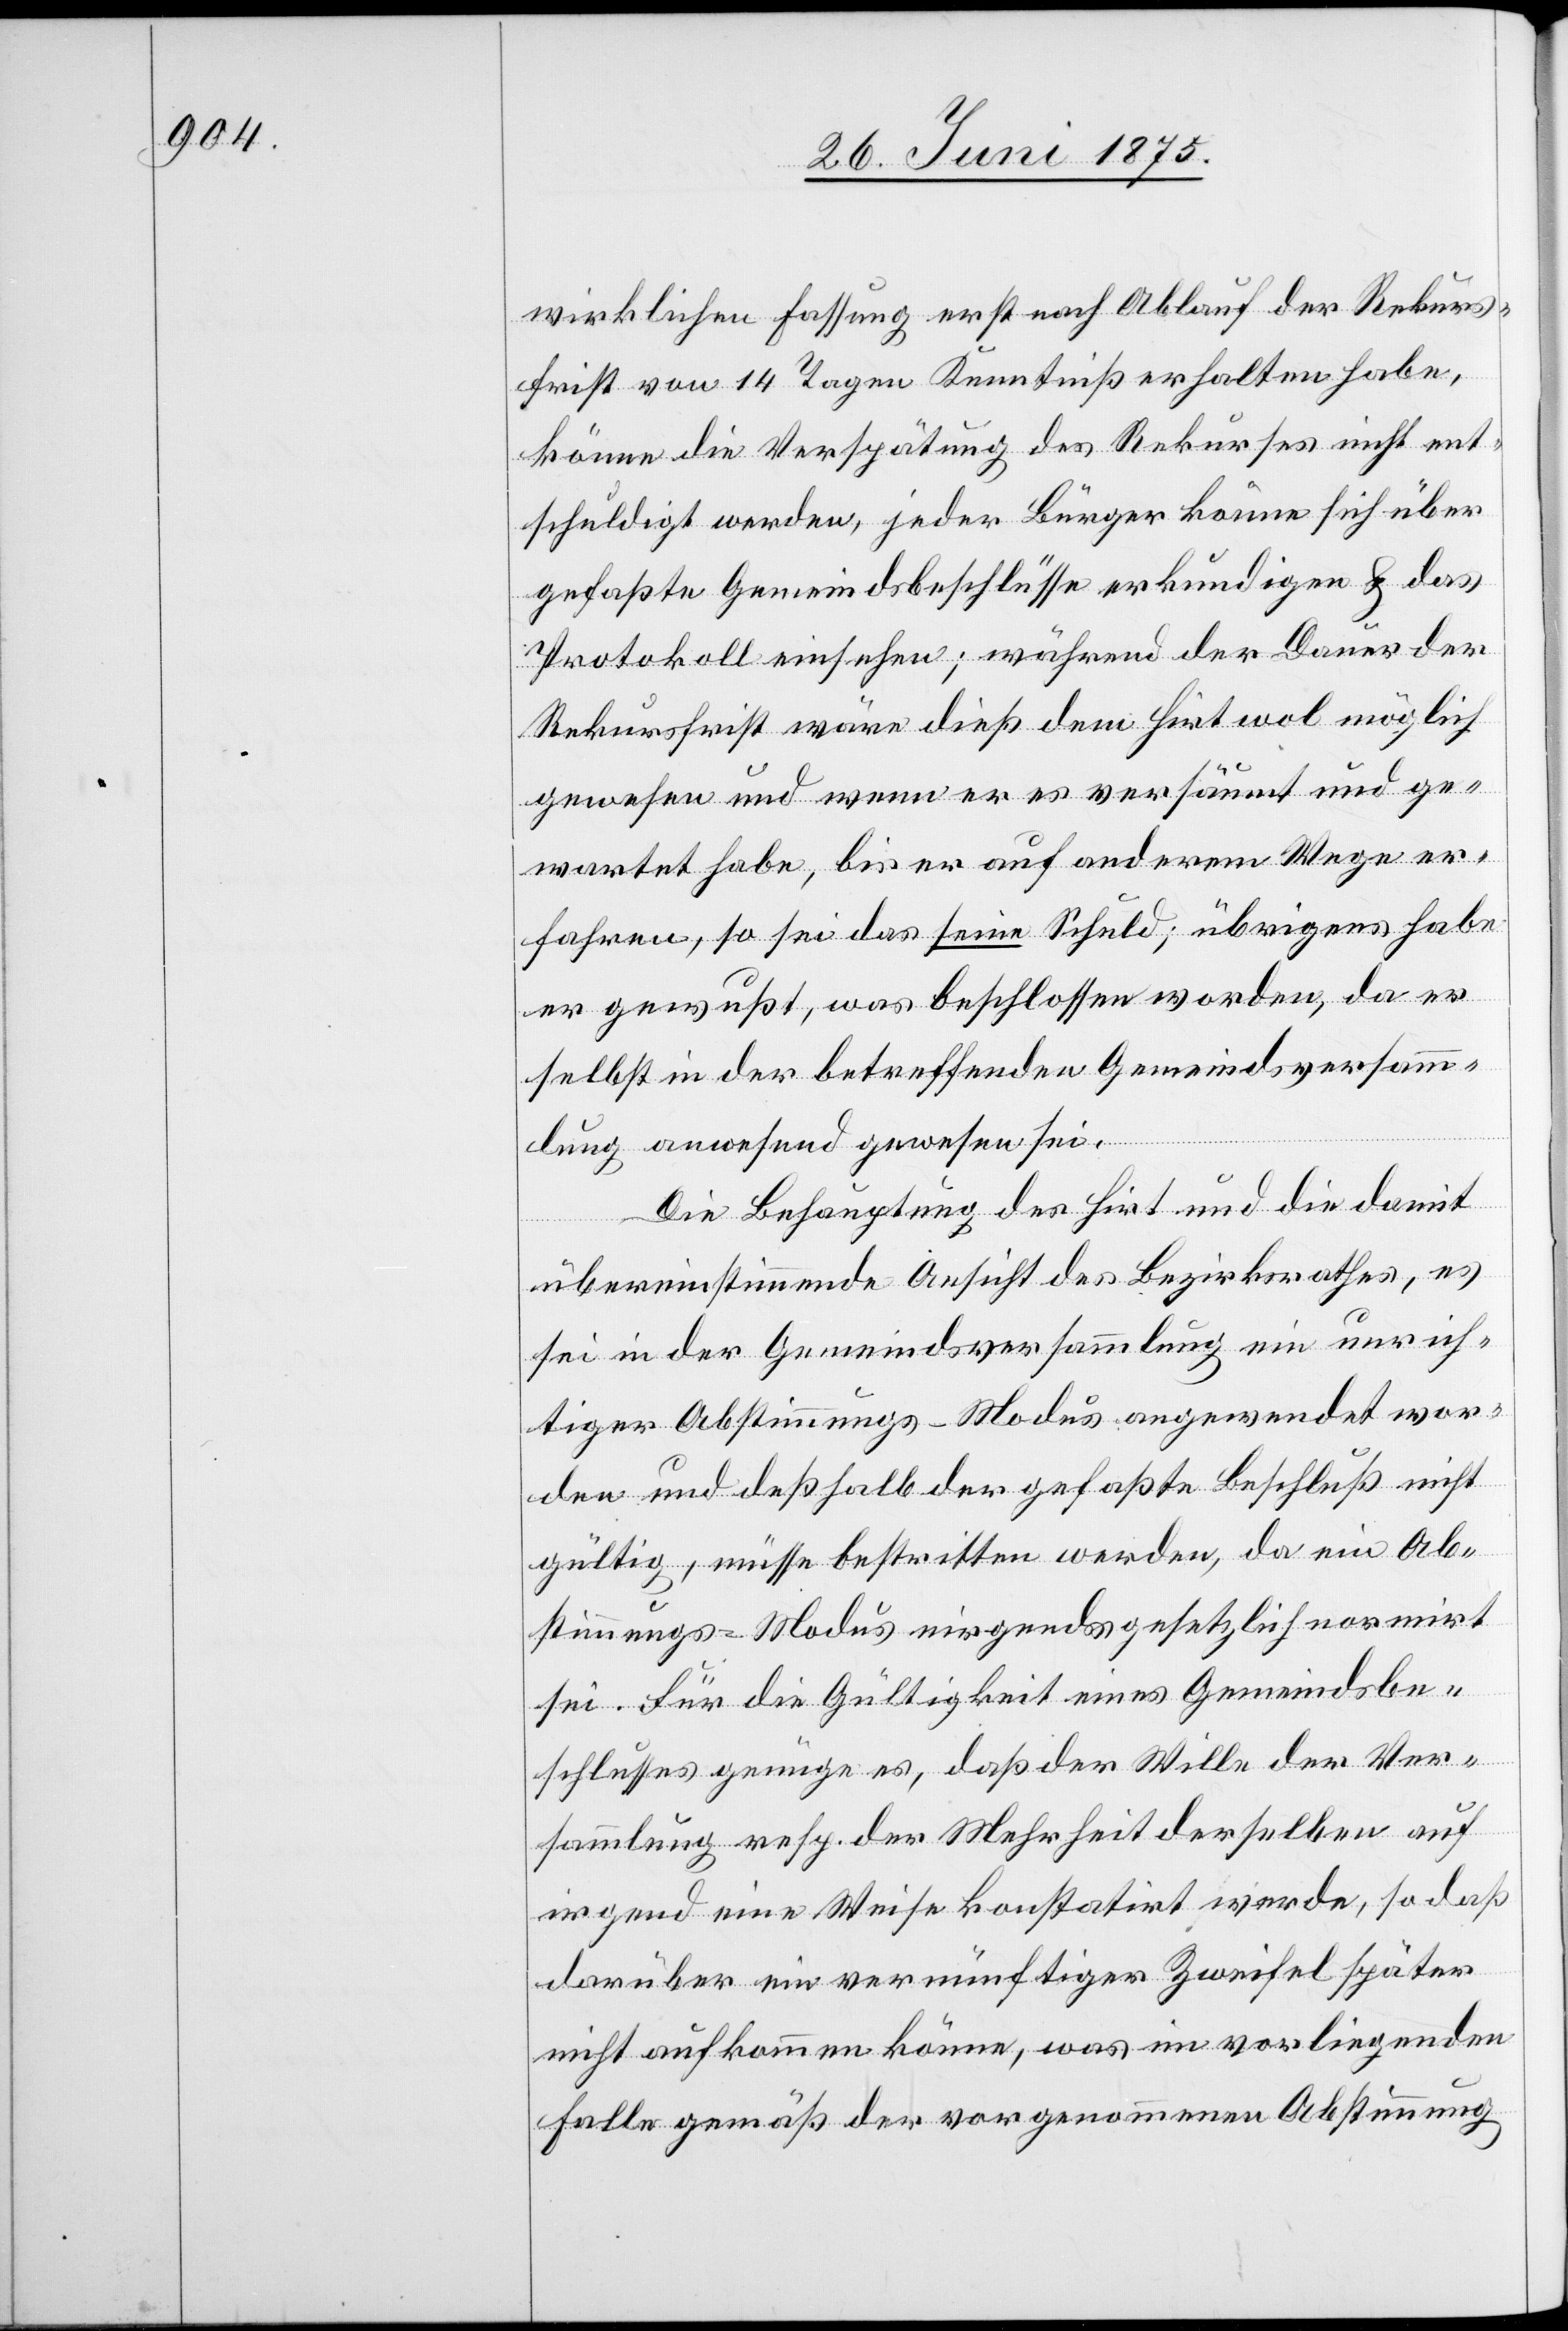
wirklichen Fassung erst nach Ablauf der Rekurs¬
frist von 14 Tagen Kenntniß erhalten habe,
könne die Verspätung des Rekurses nicht ent¬
schuldigt werden, jeder Bürger könne sich über
gefaßte Gemeindsbeschlüsse erkundigen & das
Protokoll einsehen; während der Dauer der
Rekursfrist wäre dieß dem Hirt wol möglich
gewesen und wenn er es versäumt und ge¬
wartet habe, bis er auf anderm Wege er¬
fahren, so sei das seine Schuld übrigens habe
er gewußt, was beschlossen worden, da er
selbst in der betreffenden Gemeindsversamm¬
lung anwesend gewesen sei.
Die Behauptung des Hirt und die damit
übereinstimmende Ansicht des Bezirksrathes, es
sei in der Gemeindsversammlung ein unrich¬
tiger Abstimmungs-Modus angewendet wor¬
den und deßhalb der gefaßte Beschluß nicht
gültig, müsse bestritten werden, da ein Ab¬
stimmungs-Modus nirgends gesetzlich normirt
sei. Für die Gültigkeit eines Gemeindsbe¬
schlusses genüge es, daß der Wille der Ver¬
sammlung resp. der Mehrheit derselben auf
irgend eine Weise konstatirt werde, so daß
darüber ein vernünftiger Zweifel später
nicht aufkommen könne, was im vorliegenden
Falle gemäß der vorgenommenen Abstimmung